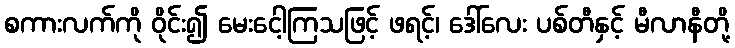
စကားလက်ကို ဝိုင်း၍ မေးငေါ့ကြသဖြင့် ဖရင့်၊ ဒေါ်လေး ပစ်တီနှင့် မီလာနီတို့